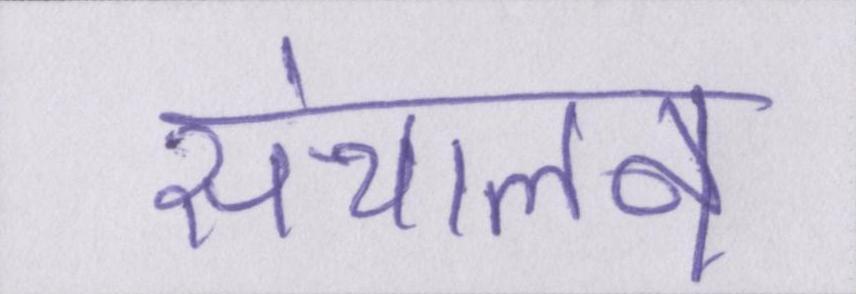
संचालन